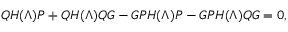
Q H ( \Lambda ) P + Q H ( \Lambda ) Q G - G P H ( \Lambda ) P - G P H ( \Lambda ) Q G = 0 ,